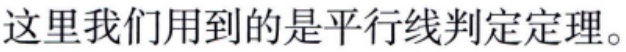
这里我们用到的是平行线判定定理。